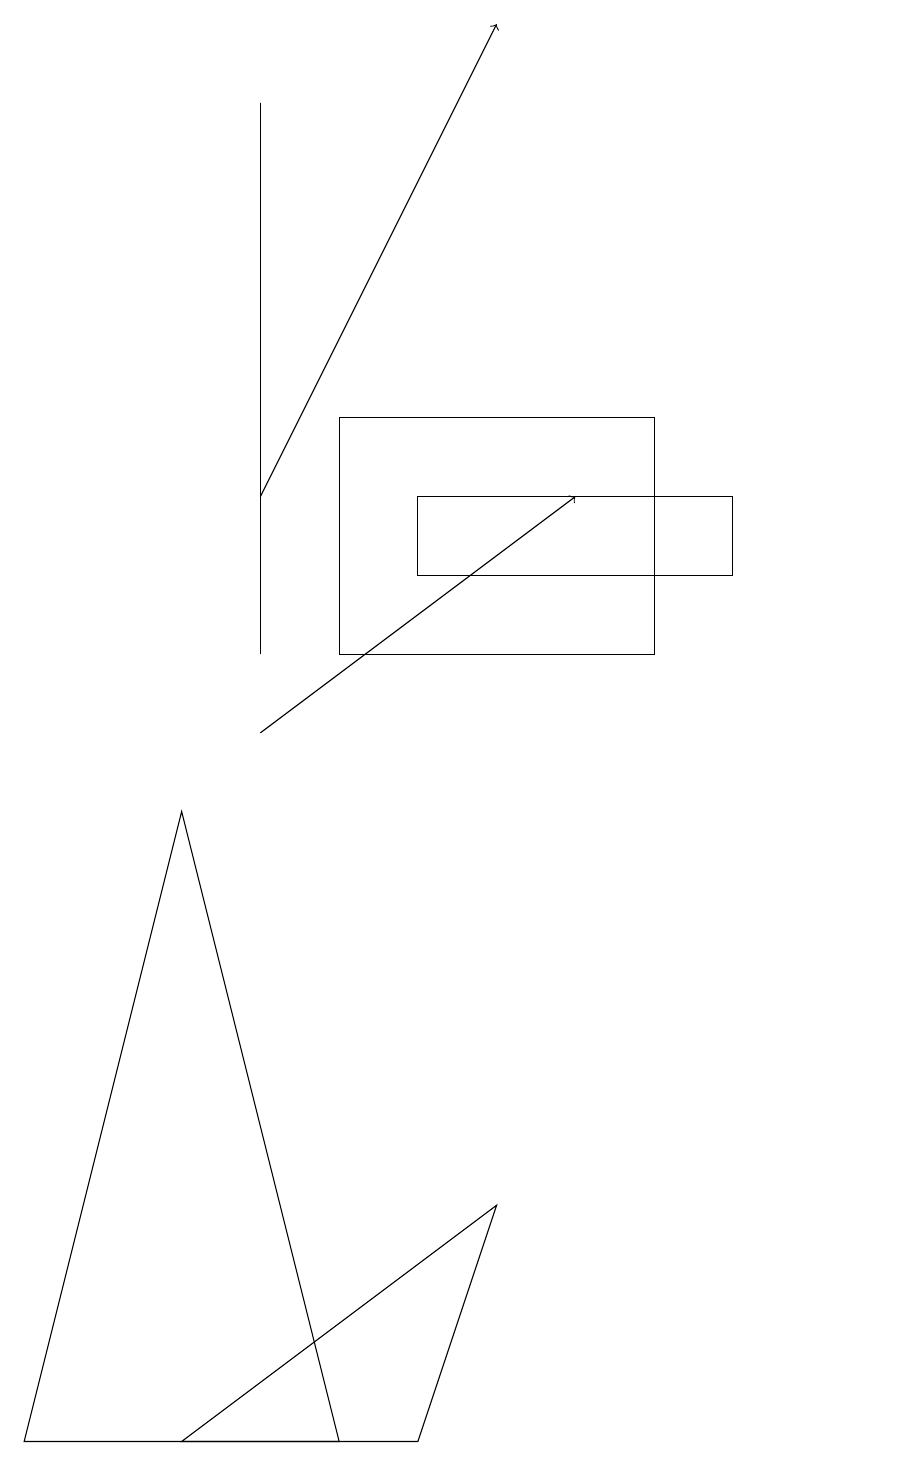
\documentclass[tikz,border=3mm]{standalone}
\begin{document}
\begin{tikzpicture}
\draw (9,13) rectangle (5,12);
\draw (4,1) -- (0,1) -- (2,9) -- cycle;
\draw (3,18) rectangle (3,11);
\draw[->] (3,10) -- (7,13);
\draw (8,11) rectangle (4,14);
\draw (11,11) circle (0);
\draw (5,1) -- (2,1) -- (6,4) -- cycle;
\draw[->] (3,13) -- (6,19);
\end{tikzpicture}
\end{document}